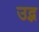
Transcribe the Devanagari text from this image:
उद्भ